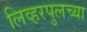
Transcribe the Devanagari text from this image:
लिव्हरपुलच्या